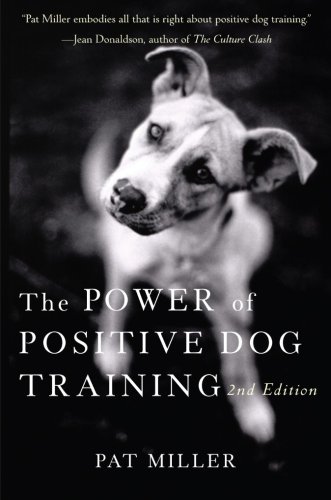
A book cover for The Power of Positive Dog Training; Pat Miller; Crafts, Hobbies & Home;